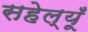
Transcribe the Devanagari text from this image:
सहेल्यूँ